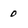
Character: 0